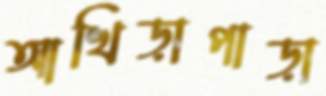
আখিড়াপাড়া